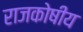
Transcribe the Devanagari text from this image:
राजकोषीय